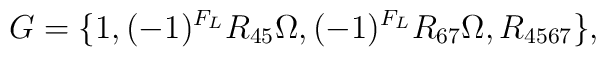
G = \{ 1, (-1)^{F_L}R_{45}\Omega,(-1)^{F_L} R_{67}\Omega,R_{4567} \},